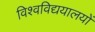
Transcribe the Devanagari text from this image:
विश्वविद्ययालयों